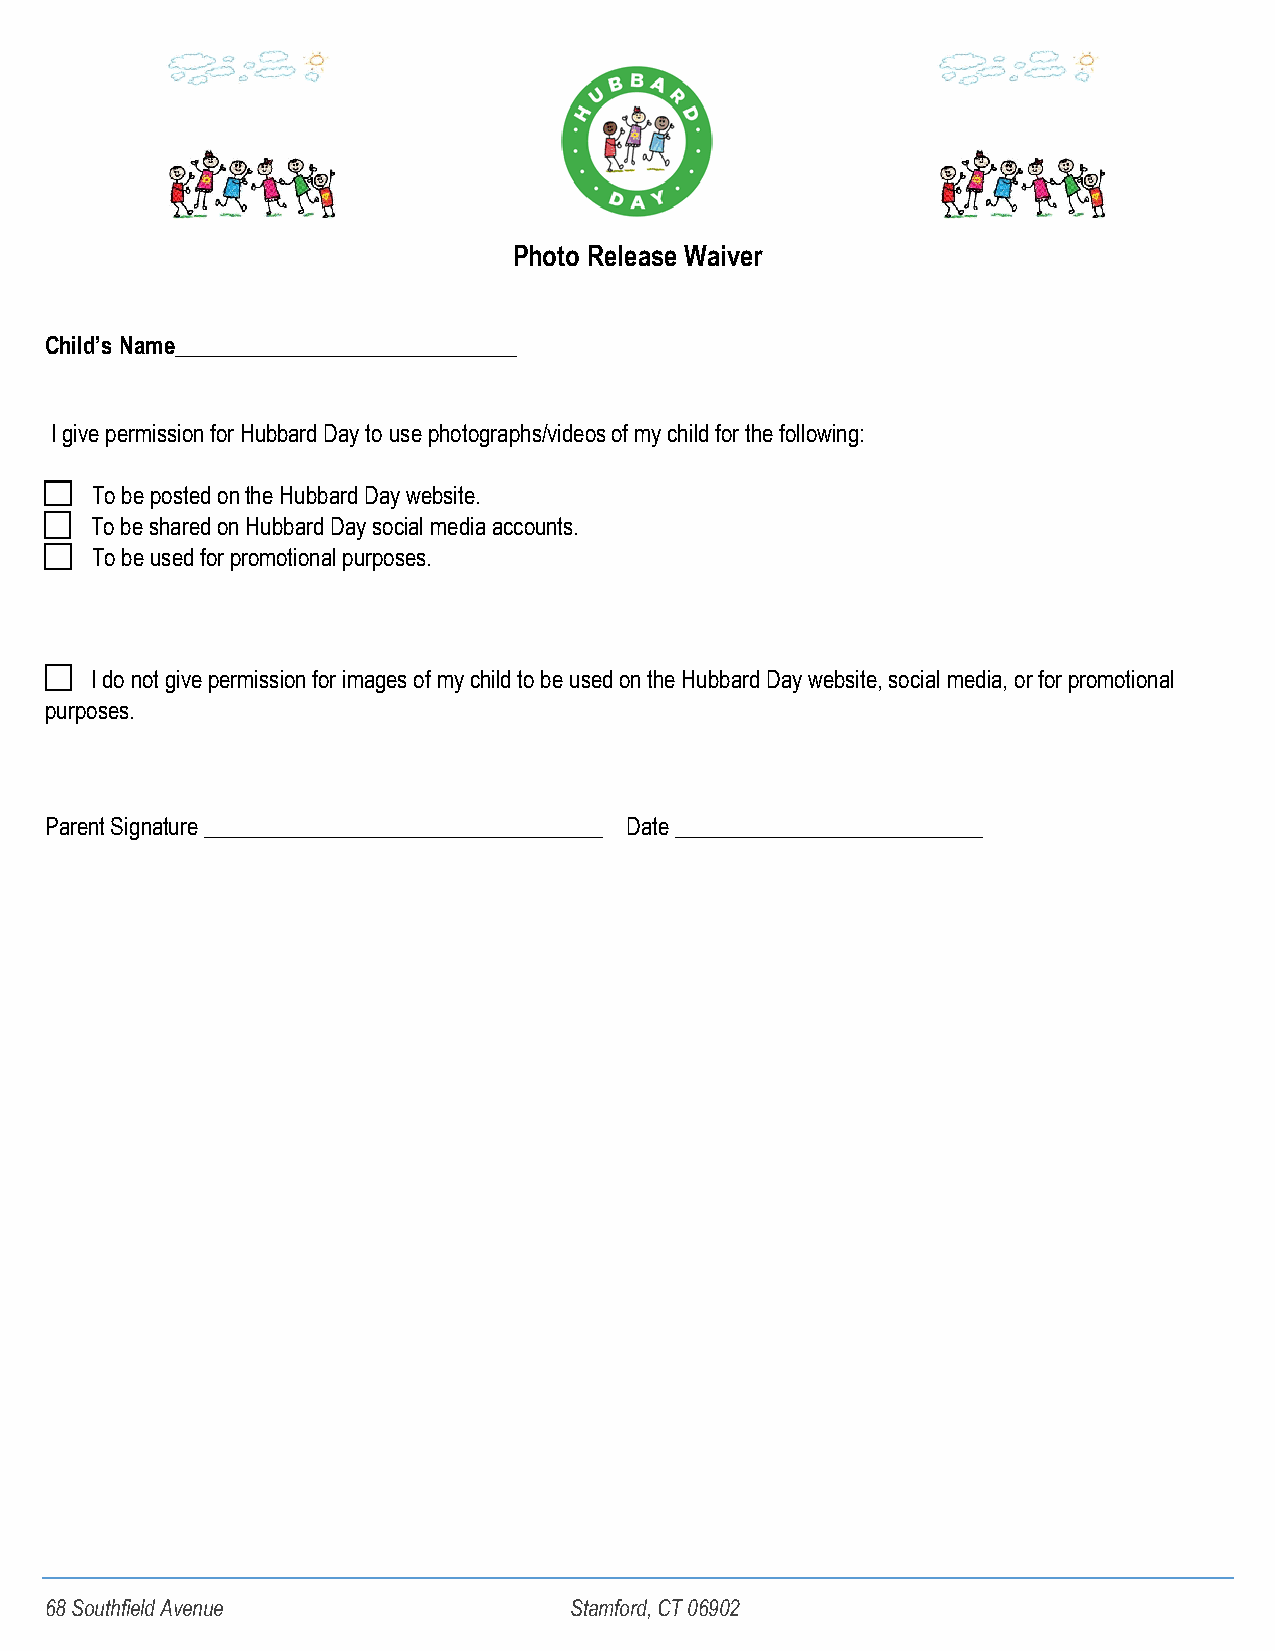
Photo Release Waiver
 Child’s Name______________________________
 I give permission for Hubbard Day to use photographs/videos of my child for the following:
 To be posted on the Hubbard Day website.
 To be shared on Hubbard Day social media accounts.
 To be used for promotional purposes.
 I do not give permission for images of my child to be used on the Hubbard Day website, social media, or for promotional
 purposes.
 Parent Signature ___________________________________ Date ___________________________
 68 Southfield Avenue               Stamford, CT 06902